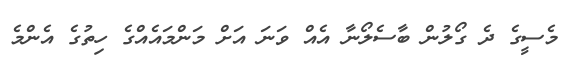
މެސީގެ ދެ ގޯލުން ބާސެލޯނާ އެއް ވަނަ އަށް މަންމައެއްގެ ހިތުގެ އެންމެ